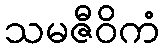
သမဇီဝိကံ